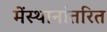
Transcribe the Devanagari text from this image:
मेंस्थानांतरित